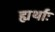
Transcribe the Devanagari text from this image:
ह्यर्थाः